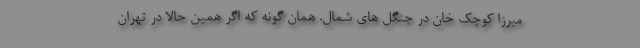
میرزا کوچک خان در جنگل های شمال. همان گونه که اگر همین حالا در تهران